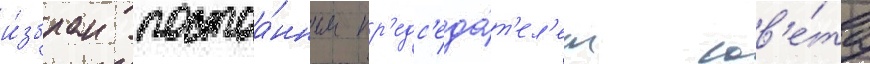
и́збран постоа́нным пр'едс'еда́т'ел'ем сов'е́та